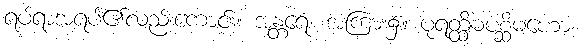
ရပ်ရာအရပ်၏လည်းကောင်း။ အန္တရေ၊ အကြား၌။ ပုရတ္ထိမပစ္ဆိမဟော၊